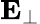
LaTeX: \mathbf{E}_{\perp}